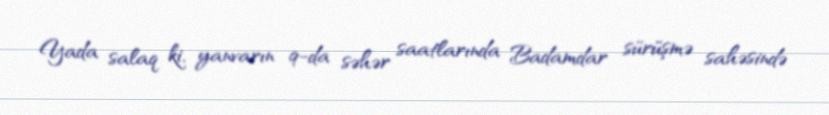
Yada salaq ki, yanvarın 9-da səhər saatlarında Badamdar sürüşmə sahəsində